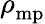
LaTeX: \rho_{\mathrm{mp}}^{\ }